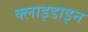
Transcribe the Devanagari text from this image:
क्लाइडाइन